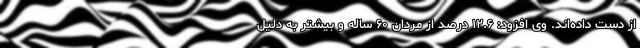
از دست داده‌اند. وی افزود: ۱۲.۶ درصد از مردان ۶۰ ساله و بیشتر به دلیل